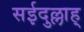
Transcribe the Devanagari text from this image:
सईदुल्लाह्